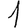
Digit: 1